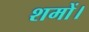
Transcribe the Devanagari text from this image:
शमों।